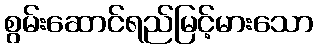
စွမ်းဆောင်ရည်မြင့်မားသော